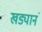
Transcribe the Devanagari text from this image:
खड्यानं